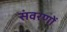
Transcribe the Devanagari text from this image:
संवरणों